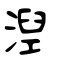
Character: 湼